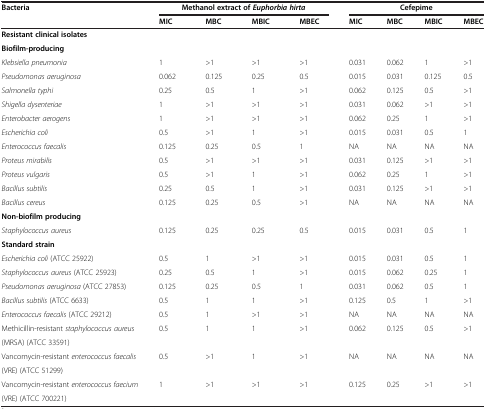
<table><thead><tr><td><b>Bacteria</b></td><td colspan="4"><b>Methanol extract of <i>Euphorbia hirta</i></b></td><td colspan="4"><b>Cefepime</b></td></tr><tr><td><b> </b></td><td><b>MIC</b></td><td><b>MBC</b></td><td><b>MBIC</b></td><td><b>MBEC</b></td><td><b>MIC</b></td><td><b>MBC</b></td><td><b>MBIC</b></td><td><b>MBEC</b></td></tr></thead><tbody><tr><td><b>Resistant clinical isolates</b></td><td> </td><td> </td><td> </td><td> </td><td> </td><td> </td><td> </td><td> </td></tr><tr><td><b>Biofilm-producing</b></td><td> </td><td> </td><td> </td><td> </td><td> </td><td> </td><td> </td><td> </td></tr><tr><td><i>Klebsiella pneumonia</i></td><td>1</td><td>&gt;1</td><td>&gt;1</td><td>&gt;1</td><td>0.031</td><td>0.062</td><td>1</td><td>&gt;1</td></tr><tr><td><i>Pseudomonas aeruginosa</i></td><td>0.062</td><td>0.125</td><td>0.25</td><td>0.5</td><td>0.015</td><td>0.031</td><td>0.125</td><td>0.5</td></tr><tr><td><i>Salmonella typhi</i></td><td>0.25</td><td>0.5</td><td>1</td><td>&gt;1</td><td>0.062</td><td>0.125</td><td>0.5</td><td>&gt;1</td></tr><tr><td><i>Shigella dysenteriae</i></td><td>1</td><td>&gt;1</td><td>&gt;1</td><td>&gt;1</td><td>0.031</td><td>0.062</td><td>&gt;1</td><td>&gt;1</td></tr><tr><td><i>Enterobacter aerogens</i></td><td>1</td><td>&gt;1</td><td>&gt;1</td><td>&gt;1</td><td>0.062</td><td>0.25</td><td>1</td><td>&gt;1</td></tr><tr><td><i>Escherichia coli</i></td><td>0.5</td><td>&gt;1</td><td>1</td><td>&gt;1</td><td>0.015</td><td>0.031</td><td>0.5</td><td>1</td></tr><tr><td><i>Enterococcus faecalis</i></td><td>0.125</td><td>0.25</td><td>0.5</td><td>1</td><td>NA</td><td>NA</td><td>NA</td><td>NA</td></tr><tr><td><i>Proteus mirabilis</i></td><td>0.5</td><td>&gt;1</td><td>&gt;1</td><td>&gt;1</td><td>0.031</td><td>0.125</td><td>&gt;1</td><td>&gt;1</td></tr><tr><td><i>Proteus vulgaris</i></td><td>0.5</td><td>&gt;1</td><td>1</td><td>&gt;1</td><td>0.062</td><td>0.25</td><td>1</td><td>&gt;1</td></tr><tr><td><i>Bacillus subtilis</i></td><td>0.25</td><td>0.5</td><td>1</td><td>&gt;1</td><td>0.031</td><td>0.125</td><td>&gt;1</td><td>&gt;1</td></tr><tr><td><i>Bacillus cereus</i></td><td>0.125</td><td>0.25</td><td>0.5</td><td>&gt;1</td><td>NA</td><td>NA</td><td>NA</td><td>NA</td></tr><tr><td><b>Non-biofilm producing</b></td><td> </td><td> </td><td> </td><td> </td><td> </td><td> </td><td> </td><td> </td></tr><tr><td><i>Staphylococcus aureus</i></td><td>0.125</td><td>0.25</td><td>0.25</td><td>0.5</td><td>0.015</td><td>0.031</td><td>0.5</td><td>1</td></tr><tr><td><b>Standard strain</b></td><td> </td><td> </td><td> </td><td> </td><td> </td><td> </td><td> </td><td> </td></tr><tr><td><i>Escherichia coli</i> (ATCC 25922)</td><td>0.5</td><td>1</td><td>&gt;1</td><td>&gt;1</td><td>0.015</td><td>0.031</td><td>0.5</td><td>1</td></tr><tr><td><i>Staphylococcus aureus</i> (ATCC 25923)</td><td>0.25</td><td>0.5</td><td>1</td><td>&gt;1</td><td>0.015</td><td>0.062</td><td>0.25</td><td>1</td></tr><tr><td><i>Pseudomonas aeruginosa</i> (ATCC 27853)</td><td>0.125</td><td>0.25</td><td>0.5</td><td>1</td><td>0.031</td><td>0.062</td><td>0.5</td><td>1</td></tr><tr><td><i>Bacillus subtilis</i> (ATCC 6633)</td><td>0.5</td><td>1</td><td>1</td><td>&gt;1</td><td>0.125</td><td>0.5</td><td>1</td><td>&gt;1</td></tr><tr><td><i>Enterococcus faecalis</i> (ATCC 29212)</td><td>0.5</td><td>1</td><td>&gt;1</td><td>&gt;1</td><td>NA</td><td>NA</td><td>NA</td><td>NA</td></tr><tr><td>Methicillin-resistant <i>staphylococcus aureus</i></td><td>0.5</td><td>1</td><td>1</td><td>&gt;1</td><td>0.062</td><td>0.125</td><td>0.5</td><td>&gt;1</td></tr><tr><td>(MRSA) (ATCC 33591)</td><td> </td><td> </td><td> </td><td> </td><td> </td><td> </td><td> </td><td> </td></tr><tr><td>Vancomycin-resistant <i>enterococcus faecalis</i></td><td>0.5</td><td>&gt;1</td><td>1</td><td>&gt;1</td><td>NA</td><td>NA</td><td>NA</td><td>NA</td></tr><tr><td>(VRE) (ATCC 51299)</td><td> </td><td> </td><td> </td><td> </td><td> </td><td> </td><td> </td><td> </td></tr><tr><td>Vancomycin-resistant <i>enterococcus faecium</i></td><td>1</td><td>&gt;1</td><td>&gt;1</td><td>&gt;1</td><td>0.125</td><td>0.25</td><td>&gt;1</td><td>&gt;1</td></tr><tr><td>(VRE) (ATCC 700221)</td><td> </td><td> </td><td> </td><td> </td><td> </td><td> </td><td> </td><td> </td></tr></tbody></table>